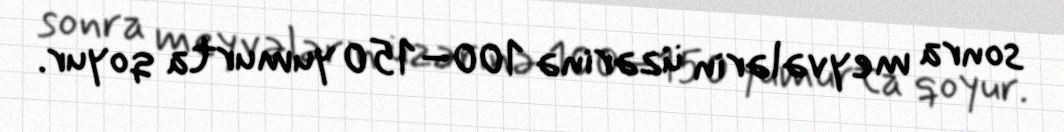
sonra meyvələrin üzərinə 100–150 yumurta qoyur.